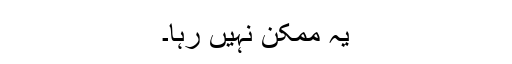
یہ ممکن نہیں رہا۔